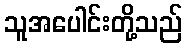
သူအပေါင်းတို့သည်